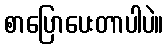
စာပြောပေးတာပါပဲ။